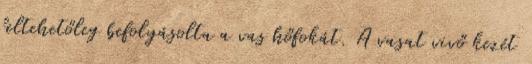
feltehetőleg befolyásolta a vas hőfokát. A vasat vivő kezét